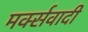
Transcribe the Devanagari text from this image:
मर्क्सवादी